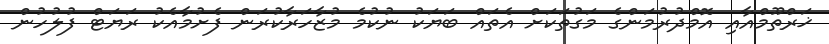
ޚަރްތޫމްއާއި އޮމްދުރުމަންގެ މަގުތަކަށް އެތައް ބަޔަކު ނުކުމެ މުޒާހަރާކުރަން ފެށުމާއެކު ރަޔަޓް ފުލުހުން